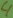
Text: 4